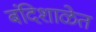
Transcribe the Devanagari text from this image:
बंदिशाळेत